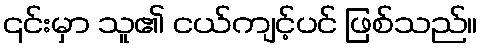
၎င်းမှာ သူ၏ ငယ်ကျင့်ပင် ဖြစ်သည်။